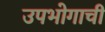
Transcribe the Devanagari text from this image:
उपभोगाची